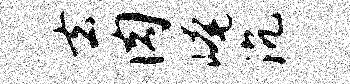
去肉崦沉